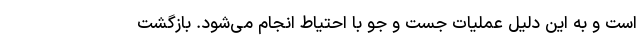
است و به این دلیل عملیات جست و جو با احتیاط انجام می‌شود. بازگشت